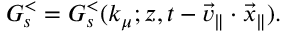
G _ { s } ^ { < } = G _ { s } ^ { < } ( k _ { \mu } ; z , t - \vec { v } _ { \| } \cdot \vec { x } _ { \| } ) .